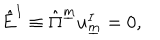
LaTeX: \hat { E } ^ { I } \equiv \hat { \Pi } ^ { \underline { { { m } } } } u _ { \underline { { { m } } } } ^ { I } = 0 , \qquad